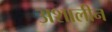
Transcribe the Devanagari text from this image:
अशालीन